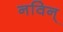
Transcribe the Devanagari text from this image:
नविन्